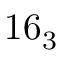
1 6 _ { 3 }